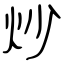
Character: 炒